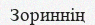
Зориннің